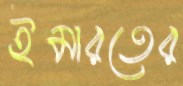
ইমারতের